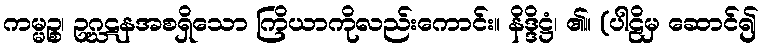
ကမ္မဉ္စ၊ ဥဂ္ဃဋနအစရှိသော ကြိယာကိုလည်းကောင်း။ နိဒ္ဒိဋ္ဌံ၊ ၏။ (ပါဠိမှ ဆောင်၍